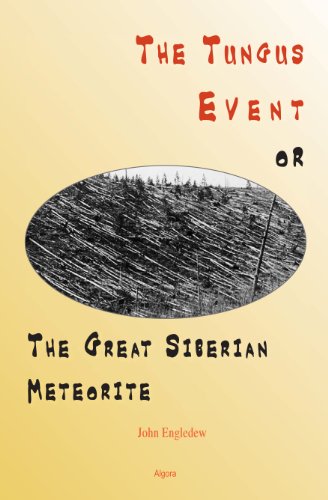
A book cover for The Tungus Event or The Great Siberian Meteorite; John Engledew; Science & Math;